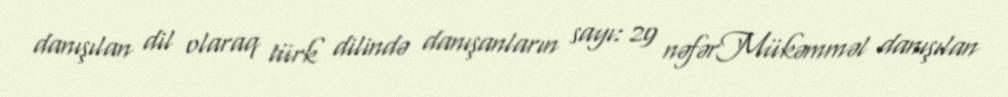
danışılan dil olaraq türk dilində danışanların sayı: 29 nəfərMükəmməl danışılan